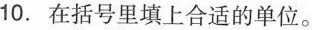
10.在括号里填上合适的单位。